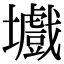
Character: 㚀